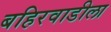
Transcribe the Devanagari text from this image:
बहिरवाडीला